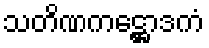
သတိဏကဋ္ဌောဒကံ